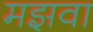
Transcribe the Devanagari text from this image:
मझवा